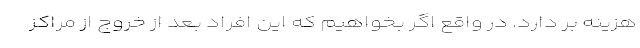
هزینه بر دارد. در واقع اگر بخواهیم که این افراد بعد از خروج از مراکز